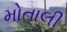
મોતાલી